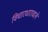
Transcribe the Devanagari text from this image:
विचारधारावाले